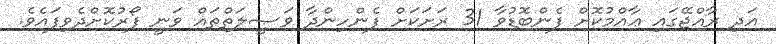
އަދި ރާއްޖޭގައި ޢާއްމުކޮށް ފެންބޮޑުވާ 31 ރަށަކަށް ފެންހިންދާ ވަޞީލަތްތައް ވަނީ ފޯރުކޮށްދެވިފައެވެ.